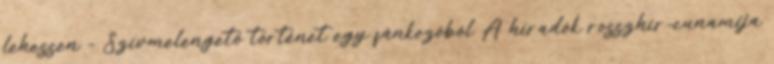
lehessen - Szívmelengető történet egy fánkozóból A híradók rosszhír-cunamija